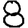
Digit: 8